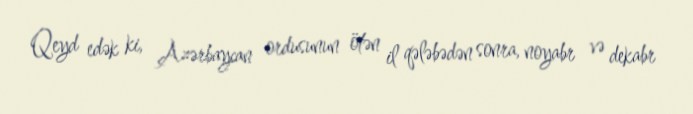
Qeyd edək ki, Azərbaycan ordusunun ötən il qələbədən sonra, noyabr və dekabr